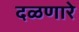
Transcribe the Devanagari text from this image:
दळणारे